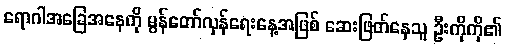
ရောဂါအခြေအနေကို မွန်တော်လှန်ရေးနေ့အဖြစ် ဆေးဖြတ်နေသူ ဦးကိုကို၏